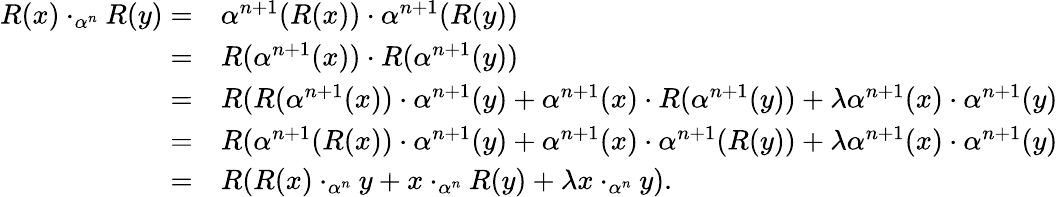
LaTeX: \begin{array}{rl}{R(x)\cdot_{\alpha^{n}}R(y)=}&{\alpha^{n+1}(R(x))\cdot\alpha^{n+1}(R(y))}\\ {=}&{R(\alpha^{n+1}(x))\cdot R(\alpha^{n+1}(y))}\\ {=}&{R(R(\alpha^{n+1}(x))\cdot\alpha^{n+1}(y)+\alpha^{n+1}(x)\cdot R(\alpha^{n+1}(y))+\lambda\alpha^{n+1}(x)\cdot\alpha^{n+1}(y)}\\ {=}&{R(\alpha^{n+1}(R(x))\cdot\alpha^{n+1}(y)+\alpha^{n+1}(x)\cdot\alpha^{n+1}(R(y))+\lambda\alpha^{n+1}(x)\cdot\alpha^{n+1}(y)}\\ {=}&{R(R(x)\cdot_{\alpha^{n}}y+x\cdot_{\alpha^{n}}R(y)+\lambda x\cdot_{\alpha^{n}}y).}\end{array}